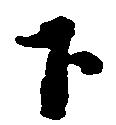
下